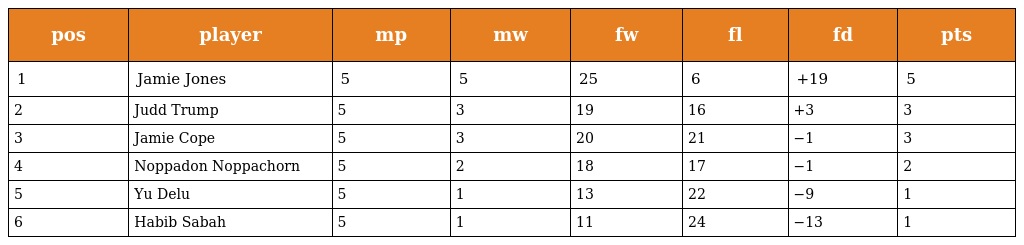
| pos | player | mp | mw | fw | fl | fd | pts |
 | --- | --- | --- | --- | --- | --- | --- | --- |
 | 1 | Jamie Jones | 5 | 5 | 25 | 6 | +19 | 5 |
 | 2 | Judd Trump | 5 | 3 | 19 | 16 | +3 | 3 |
 | 3 | Jamie Cope | 5 | 3 | 20 | 21 | −1 | 3 |
 | 4 | Noppadon Noppachorn | 5 | 2 | 18 | 17 | −1 | 2 |
 | 5 | Yu Delu | 5 | 1 | 13 | 22 | −9 | 1 |
 | 6 | Habib Sabah | 5 | 1 | 11 | 24 | −13 | 1 |